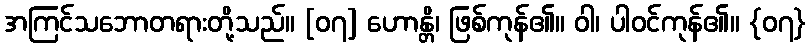
အကြင်သဘောတရားတို့သည်။ [၀၇] ဟောန္တိ၊ ဖြစ်ကုန်၏။ ဝါ၊ ပါဝင်ကုန်၏။ {၀၇}